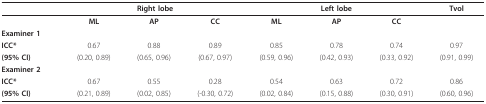
<table><thead><tr><td></td><td colspan="3"><b>Right lobe</b></td><td colspan="3"><b>Left lobe</b></td><td><b>Tvol</b></td></tr></thead><tbody><tr><td></td><td><b>ML</b></td><td><b>AP</b></td><td><b>CC</b></td><td><b>ML</b></td><td><b>AP</b></td><td><b>CC</b></td><td></td></tr><tr><td><b>Examiner 1</b></td><td></td><td></td><td></td><td></td><td></td><td></td><td></td></tr><tr><td><b>ICC*</b></td><td>0.67</td><td>0.88</td><td>0.89</td><td>0.85</td><td>0.78</td><td>0.74</td><td>0.97</td></tr><tr><td><b>(95% CI)</b></td><td>(0.20, 0.89)</td><td>(0.65, 0.96)</td><td>(0.67, 0.97)</td><td>(0.59, 0.96)</td><td>(0.42, 0.93)</td><td>(0.33, 0.92)</td><td>(0.91, 0.99)</td></tr><tr><td><b>Examiner 2</b></td><td></td><td></td><td></td><td></td><td></td><td></td><td></td></tr><tr><td><b>ICC*</b></td><td>0.67</td><td>0.55</td><td>0.28</td><td>0.54</td><td>0.63</td><td>0.72</td><td>0.86</td></tr><tr><td><b>(95% CI)</b></td><td>(0.21, 0.89)</td><td>(0.02, 0.85)</td><td>(-0.30, 0.72)</td><td>(0.02, 0.84)</td><td>(0.15, 0.88)</td><td>(0.30, 0.91)</td><td>(0.60, 0.96)</td></tr></tbody></table>